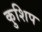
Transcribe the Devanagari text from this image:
कुशिप